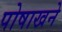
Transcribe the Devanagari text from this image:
पोषाखने